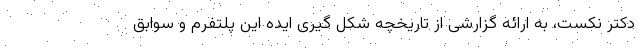
دکتر نکست، به ارائه گزارشی از تاریخچه شکل گیری ایده این پلتفرم و سوابق